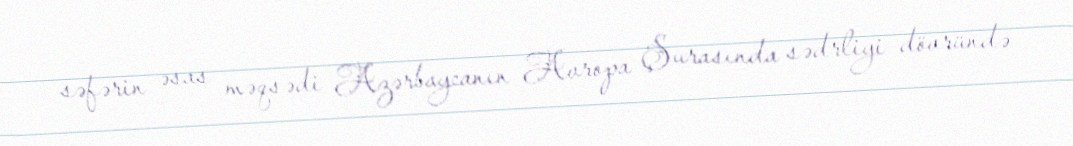
səfərin əsas məqsədi Azərbaycanın Avropa Şurasında sədrliyi dövründə